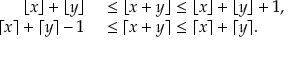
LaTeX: \begin{array} { r l } { \lfloor x \rfloor + \lfloor y \rfloor } & { { } \leq \lfloor x + y \rfloor \leq \lfloor x \rfloor + \lfloor y \rfloor + 1 , } \\ { \lceil x \rceil + \lceil y \rceil - 1 } & { { } \leq \lceil x + y \rceil \leq \lceil x \rceil + \lceil y \rceil . } \end{array}